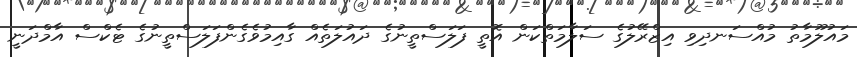
މައުލޫމާތު މުއްސަނދިވި އިޒްރޭލުގެ ސަލާމަތްކަން އޮތީ ފަލަސްތީނުގެ ދައުލަތެއް ގާއިމުވެގެންފަލަސްތީނުގެ ޓެކްސް އާމްދަނީ